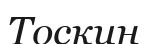
Тоскин